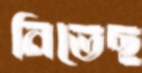
নিভেছ